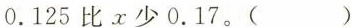
0.125比x少0.17。()